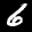
Label: 6